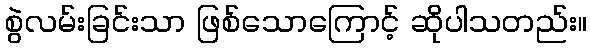
စွဲလမ်းခြင်းသာ ဖြစ်သောကြောင့် ဆိုပါသတည်း။